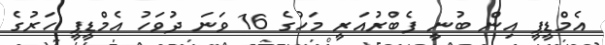
އެމްޑީޕީ އިން ބުނީ ފެބްރުއަރީ މަހުގެ 16 ވަނަ ދުވަހު އެމްޑީޕީ ހަރުގެ